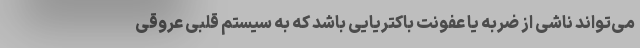
می‌تواند ناشی از ضربه یا عفونت باکتریایی باشد که به سیستم قلبی عروقی